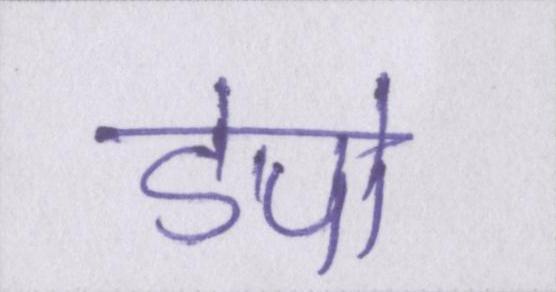
डेपो